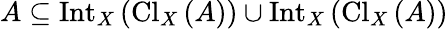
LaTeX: A\subseteq\operatorname{Int}_{X}\left(\operatorname{Cl}_{X}\left(A\right)\right)\cup\operatorname{Int}_{X}\left(\operatorname{Cl}_{X}\left(A\right)\right)